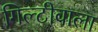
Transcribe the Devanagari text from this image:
गिल्टीवाला